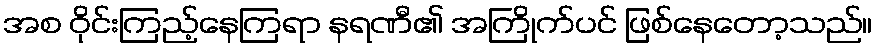
အစ ဝိုင်းကြည့်နေကြရာ နရဏီ၏ အကြိုက်ပင် ဖြစ်နေတော့သည်။